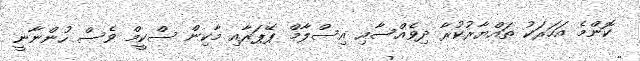
ކޮންމެ އަހަރަކު ތައްޔާރުކުރާ ދިވެއްސާއި އިސްލާމް ޕޭޕަރާއި މާކިން ސްކީމް ވެސް ހުންނާނީ